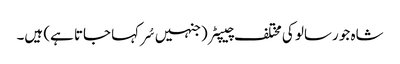
شاہ جو رسالو کی مختلف چیپٹر (جنہیں سُر کہا جاتا ہے) ہیں۔